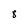
Character: 8